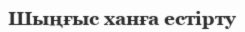
Шыңғыс ханға естірту